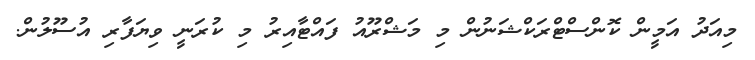
މިއަދު އަމީން ކޮންސްޓްރަކްޝަނުން މި މަޝްރޫއު ފައްޓާއިރު މި ކުރަނީ ވިޔަފާރި އުސޫލުން.